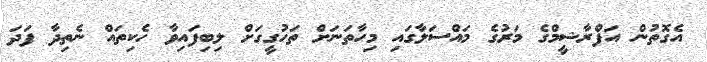
އެގޮތުން އަފްރާޝީމްގެ މަރުގެ މައްސަލާގައި މިހާތަނަށް ތަހުގީގަށް ލިބިފައިވާ ހެކިތައް ނެތިދާ ފަދަ